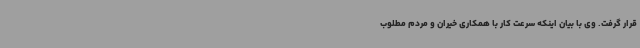
قرار گرفت. وی با بیان اینکه سرعت کار با همکاری خیران و مردم مطلوب